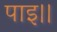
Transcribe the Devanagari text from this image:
पाइ।।